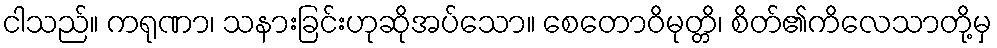
ငါသည်။ ကရုဏာ၊ သနားခြင်းဟုဆိုအပ်သော။ စေတောဝိမုတ္တိ၊ စိတ်၏ကိလေသာတို့မှ